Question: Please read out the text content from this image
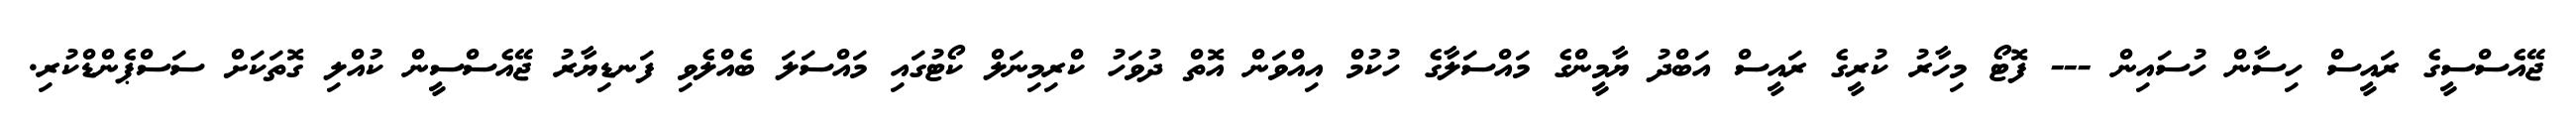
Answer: ޖޭއެސްސީގެ ރައީސް ހިސާން ހުސައިން --- ފޮޓޯ މިހާރު ކުރީގެ ރައީސް އަބްދު ޔާމީންގެ މައްސަލާގެ ހުކުމް އިއްވަން އޮތް ދުވަހު ކްރިމިނަލް ކޯޓުގައި މައްސަލަ ބެއްލެވި ފަނޑިޔާރު ޖޭއެސްސީން ކުއްލި ގޮތަކަށް ސަސްޕެންޑްކުރި.